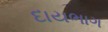
દાયભાગ